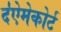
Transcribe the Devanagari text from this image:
द॑ऐमेकोर्ट